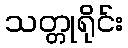
သတ္တုရိုင်း